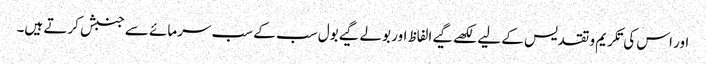
اور اس کی تکریم و تقدیس کے لیے لکھے گیے الفاظ اور بولے گیے بول سب کے سب سرمائے سے جنبش کرتے ہیں۔